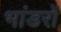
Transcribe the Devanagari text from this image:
भांडरों